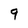
Character: 9